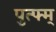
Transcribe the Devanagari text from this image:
पुत्फ्म्